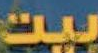
بيت